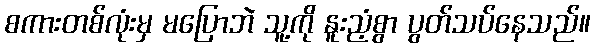
စကားတစ်လုံးမှ မပြောဘဲ သူ့ကို နူးညံ့စွာ ပွတ်သပ်နေသည်။